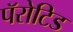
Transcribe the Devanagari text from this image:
पॅरोटिड